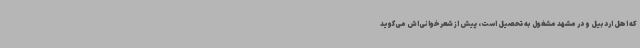
که اهل اردبیل و در مشهد مشغول به تحصیل است، پیش از شعرخوانی‌اش می‌گوید